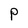
Character: P